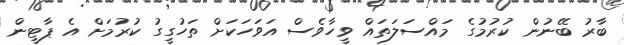
ބާރު ބޭނުން ކުރުމުގެ މައްސަލަތައް ވީހާވެސް އަވަހަކަށް ތަހުގީގު ކުރުމަށް އެ ޕާޓީން